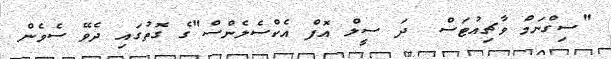
"ސިގްނަމް ވާޗިއުޓަސް  ދަ ސީލް އޮފް އެކްސެލެންސް"ގެ ގޮތުގައި ދެވޭ ސެވެން